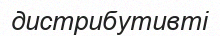
дистрибутивті